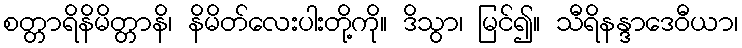
စတ္တာရိနိမိတ္တာနိ၊ နိမိတ်လေးပါးတို့ကို။ ဒိသွာ၊ မြင်၍။ သီရိနန္ဒာဒေဝီယာ၊